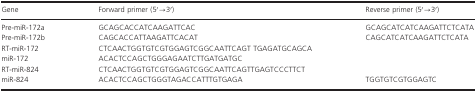
<table><thead><tr><td><b>Gene</b></td><td><b>Forward primer (5′→3′)</b></td><td><b>Reverse primer (5′→3′)</b></td></tr></thead><tbody><tr><td>Pre-miR-172a</td><td>GCAGCACCATCAAGATTCAC</td><td>GCAGCATCATCAAGATTCTCATA</td></tr><tr><td>Pre-miR-172b</td><td>CAGCACCATTAAGATTCACAT</td><td>CAGCATCATCAAGATTCTCATA</td></tr><tr><td>RT-miR-172</td><td>CTCAACTGGTGTCGTGGAGTCGGCAATTCAGT TGAGATGCAGCA</td><td></td></tr><tr><td>miR-172</td><td>ACACTCCAGCTGGGAGAATCTTGATGATGC</td><td></td></tr><tr><td>RT-miR-824</td><td>CTCAACTGGTGTCGTGGAGTCGGCAATTCAGTTGAGTCCCTTCT</td><td></td></tr><tr><td>miR-824</td><td>ACACTCCAGCTGGGTAGACCATTTGTGAGA</td><td>TGGTGTCGTGGAGTC</td></tr></tbody></table>